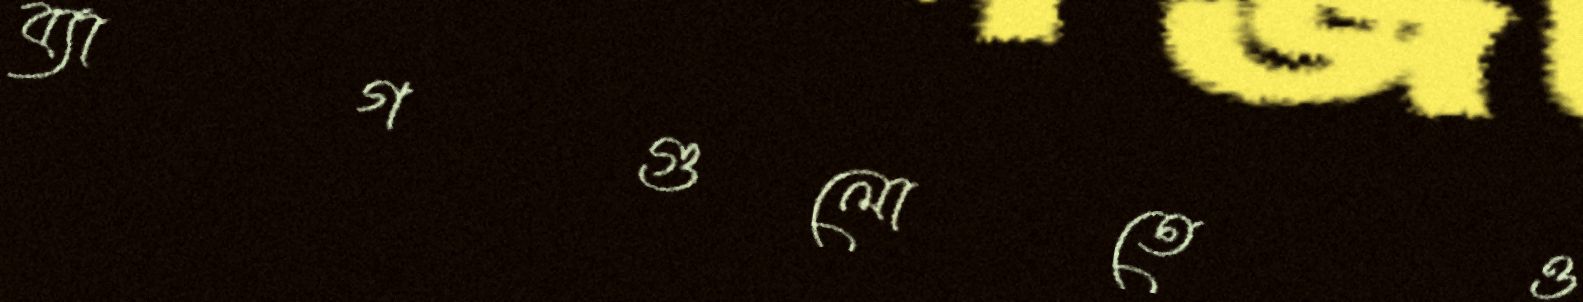
ব্যাগগুলোতেও